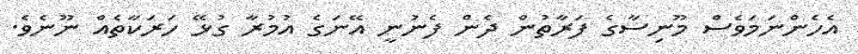
އެހެންނަމަވެސް މޫނިސާގެ ފަރާތުން ދެން ފެނުނީ އޭނަގެ އުމުރާ ގުޅޭ ހަރަކާތެއް ނޫނެވެ.